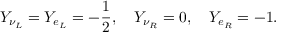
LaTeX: Y _ { \nu _ { L } } = Y _ { e _ { L } } = - \frac { 1 } { 2 } , \quad Y _ { \nu _ { R } } = 0 , \quad Y _ { e _ { R } } = - 1 .